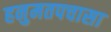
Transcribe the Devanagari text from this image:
हनुमतपचासा